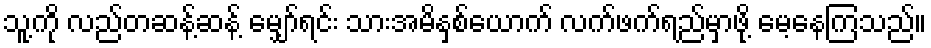
သူ့ကို လည်တဆန့်ဆန့် မျှော်ရင်း သားအမိနှစ်ယောက် လက်ဖက်ရည်မှာဖို့ မေ့နေကြသည်။